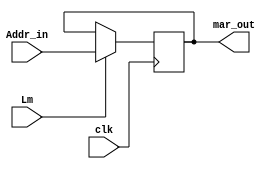
module MAR(
input clk,
input [3:0] Addr_in,
input Lm, //Tells whether to load the address from the BUS (Active High signal)
output reg [3:0] mar_out
);

always @(posedge clk)
begin
    if(Lm)
        mar_out <= Addr_in;
        
    else
        mar_out <= mar_out;
end

endmodule